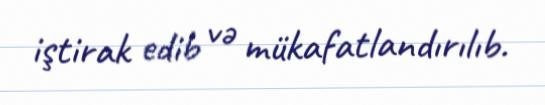
iştirak edib və mükafatlandırılıb.